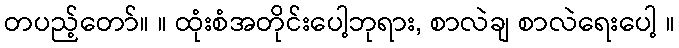
တပည့်တော်။ ။ ထုံးစံအတိုင်းပေါ့ဘုရား, စာလဲချ စာလဲရေးပေါ့ ။